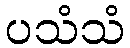
ပသံသံ